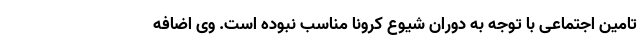
تامین اجتماعی با توجه به دوران شیوع کرونا مناسب نبوده است. وی اضافه